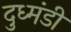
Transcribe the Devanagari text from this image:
दुध्मंडी